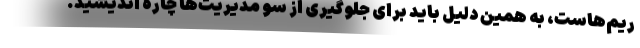
ریم‌هاست، به همین دلیل باید برای جلوگیری از سو مدیریت‌ها چاره اندیشید.